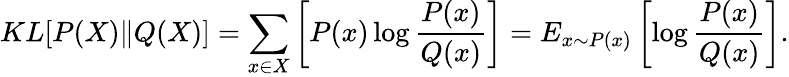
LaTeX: KL[P(X)\| Q(X)]=\sum_{x\in X}\left[P(x)\log\frac{P(x)}{Q(x)}\right]=E_{x\sim P(x)}\left[\log\frac{P(x)}{Q(x)}\right].